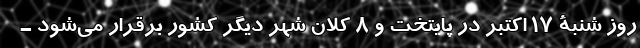
روز شنبۀ ١٧ اکتبر در پایتخت و ٨ کلان شهر دیگر کشور برقرار می‌شود ـ